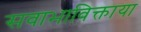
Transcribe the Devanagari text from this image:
सवाभाविक्ताया